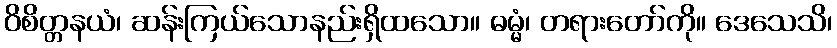
ဝိစိတ္တနယံ၊ ဆန်းကြယ်သောနည်းရှိထသော။ ဓမ္မံ၊ တရားတော်ကို။ ဒေသေသိ၊